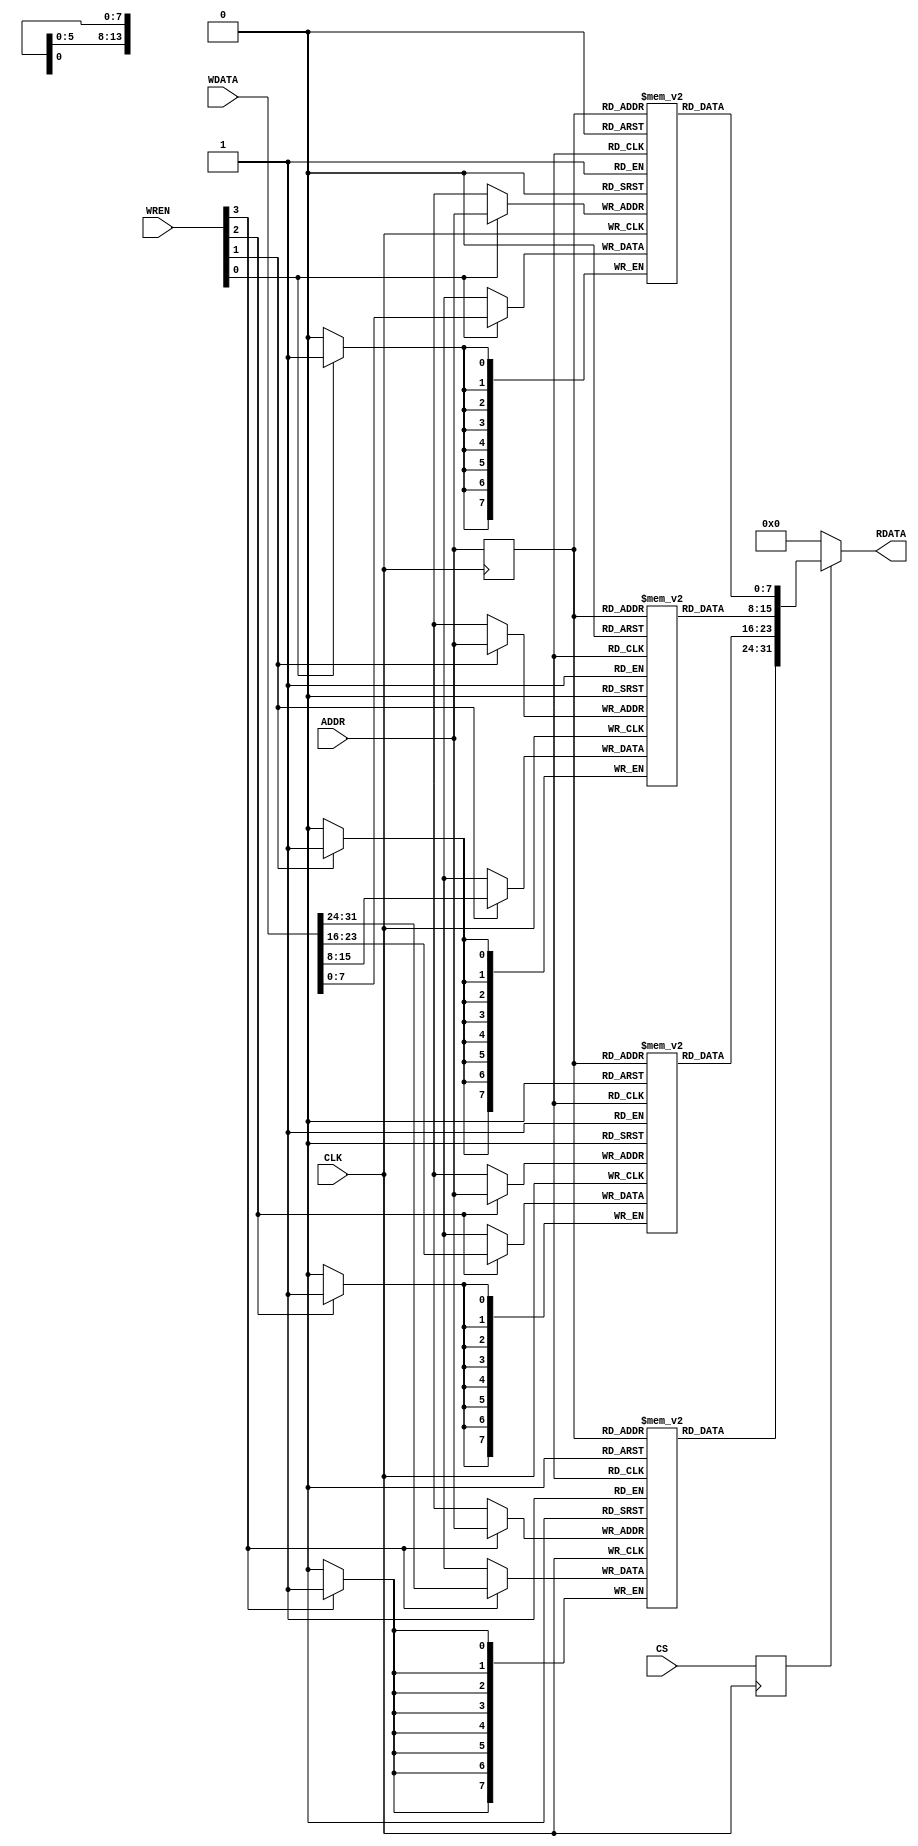
//-----------------------------------------------------------------------------
// The confidential and proprietary information contained in this file may
// only be used by a person authorised under and to the extent permitted
// by a subsisting licensing agreement from ARM Limited.
//
//            (C) COPYRIGHT 2010-2013 ARM Limited.
//                ALL RIGHTS RESERVED
//
// This entire notice must be reproduced on all copies of this file
// and copies of this file may only be made by a person if such person is
// permitted to do so under the terms of a subsisting license agreement
// from ARM Limited.
//
//      SVN Information
//
//      Checked In          : $Date: 2013-04-10 15:27:13 +0100 (Wed, 10 Apr 2013) $
//
//      Revision            : $Revision: 243506 $
//
//      Release Information : Cortex-M System Design Kit-r1p0-00rel0
//
// ----------------------------------------------------------------------------
//  Abstract : FPGA BlockRam/OnChip ROM
// ----------------------------------------------------------------------------

module cmsdk_fpga_rom #(
// --------------------------------------------------------------------------
// Parameter Declarations
// --------------------------------------------------------------------------
  parameter AW = 16,
  parameter filename = ""
)
 (
  // Inputs
  input  wire          CLK,
  input  wire [AW-1:2] ADDR,
  input  wire [31:0]   WDATA,
  input  wire [3:0]    WREN,
  input  wire          CS,

  // Outputs
  output wire [31:0]   RDATA);

// -----------------------------------------------------------------------------
// Constant Declarations
// -----------------------------------------------------------------------------
localparam AWT = ((1<<(AW-2))-1);

  // Memory Array
  reg     [7:0]   BRAM0 [0:AWT];
  reg     [7:0]   BRAM1 [0:AWT];
  reg     [7:0]   BRAM2 [0:AWT];
  reg     [7:0]   BRAM3 [0:AWT];
  reg             cs_reg;
  wire    [31:0]  read_data;

  // Internal signals
  reg     [AW-3:0]  addr_q1;

  always @ (posedge CLK)
    begin
    cs_reg <= CS;
    end

  // Infer Block RAM - syntax is very specific.
  always @ (posedge CLK)
    begin
      if (WREN[0])
        BRAM0[ADDR] <= WDATA[7:0];
      if (WREN[1])
        BRAM1[ADDR] <= WDATA[15:8];
      if (WREN[2])
        BRAM2[ADDR] <= WDATA[23:16];
      if (WREN[3])
        BRAM3[ADDR] <= WDATA[31:24];
      // do not use enable on read interface.
      addr_q1 <= ADDR[AW-1:2];
    end

  assign read_data  = {BRAM3[addr_q1],BRAM2[addr_q1],BRAM1[addr_q1],BRAM0[addr_q1]};

  assign RDATA      = (cs_reg) ? read_data : {32{1'b0}};

  integer i;
  reg [7:0] fileimage [((1<<AW)-1):0];

  initial begin
`ifdef CM1_ITCM_INIT
    $readmemh("itcm3", BRAM3);
    $readmemh("itcm2", BRAM2);
    $readmemh("itcm1", BRAM1);
    $readmemh("itcm0", BRAM0);
`else
    if (filename != "")
      begin
      $readmemh(filename, fileimage);
      // Copy from single array to splitted array
      for (i=0;i<AWT; i= i+1)
        begin
        BRAM0[i] = fileimage[ 4*i];
        BRAM1[i] = fileimage[(4*i)+1];
        BRAM2[i] = fileimage[(4*i)+2];
        BRAM3[i] = fileimage[(4*i)+3];
        end
      end
`endif

  end


endmodule